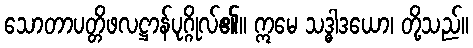
သောတာပတ္တိဖလဋ္ဌာန်ပုဂ္ဂိုလ်၏။ ဣမေ သဒ္ဓါဒယော၊ တို့သည်။